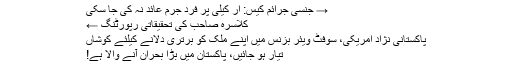
→ جنسی جرائم کیس: آر کیلی پر فرد جرم عائد نہ کی جا سکی
کلاسرہ صاحب کی تحقیقاتی رپورٹنگ ←
پاکستانی نژاد امریکی، سوفٹ ویئر بزنس میں اپنے ملک کو برتری دلانے کیلئے کوشاں
تیار ہو جائیں، پاکستان میں بڑا بحران آنے والا ہے!